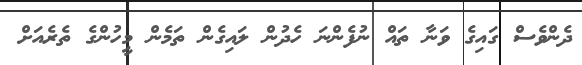
ދެންވެސް ގައިގެ ވަނާ ތައް ނުފެންނަ ހެދުން ލައިގެން ތަމެން މީހުންގެ ތެރެއަށް